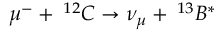
\mu ^ { - } + \: ^ { 1 2 } C \rightarrow \nu _ { \mu } + \: ^ { 1 3 } B ^ { * }